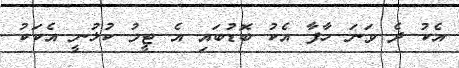
އެކު ދެ ވަނަ ހާފާ އެކު ބޮޑުބައި އެ ޓީމު ކުޅުނީ އެކަކު